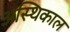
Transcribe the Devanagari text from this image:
अस्थिकाल